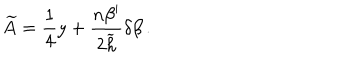
LaTeX: \widetilde { A } = { \frac { 1 } { 4 } } y + { \frac { n \beta ^ { \prime } } { 2 \widetilde { h } } } \delta \beta \, .